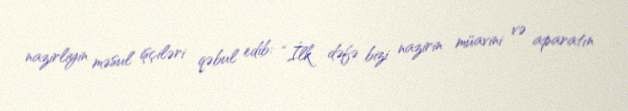
nazirliyin məsul işçiləri qəbul edib: “İlk dəfə bizi nazirin müavini və aparatın